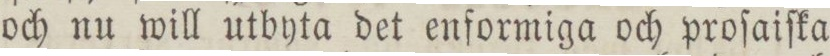
och nu will utbyta det enformiga och proſaiſka